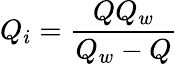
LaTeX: Q_{i}=\frac{QQ_{w}}{Q_{w}-Q}